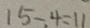
1 5 - . 4 = 1 1